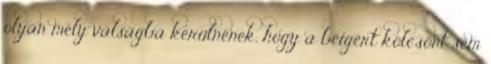
olyan mély válságba kerülnének, hogy a beígért kölcsönt sem